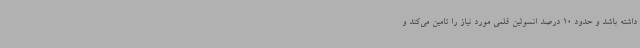
داشته باشد و حدود 10 درصد انسولین قلمی مورد نیاز را تامین می‌کند و